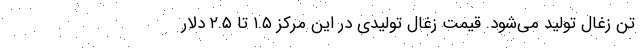
تن زغال تولید می‌شود. قیمت زغال تولیدی در این مرکز ۱.۵ تا ۲.۵ دلار